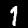
Label: 1